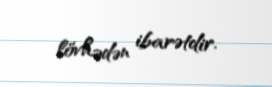
lövhədən ibarətdir.